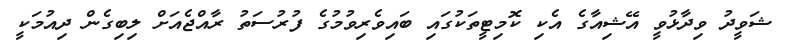
ޝަވީދު ވިދާޅުވީ އޭޝިއާގެ އެކި ކޮމިޓީތަކުގައި ބައިވެރިވުމުގެ ފުރުސަތު ރާއްޖެއަށް ލިބިގެން ދިއުމަކީ